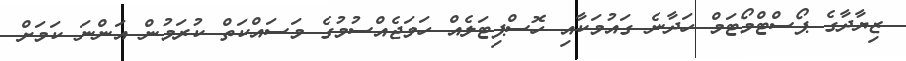
ޒިޔާދާގެ ޕޯސްޓްމޯޓަމް ހަދާނެ ގައުމަކާއި ހޮސްޕިޓަލެއް ހަމަޖެއްސުމުގެ މަސައްކަތް ކުރަމުން އަންނަ ކަމަށް